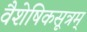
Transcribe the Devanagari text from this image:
वैशेषिकसूत्रम्